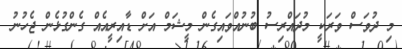
މި ދުވަސް ވަރަކީ މުދައްރިސު ބުނުއްވައިގެން މީޝަމް އަށް ޑާއިރީއެއް ގެންގުޅެން ޖެހުނު